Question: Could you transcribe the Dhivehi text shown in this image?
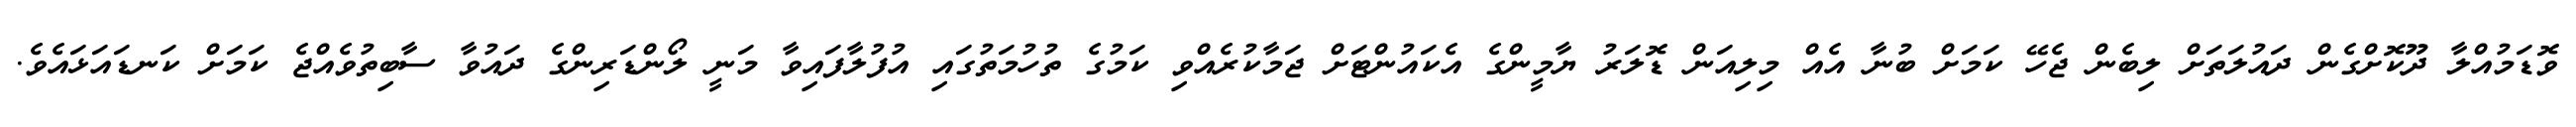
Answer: ވޮޑަމުއްލާ ދޫކޮށްގެން ދައުލަތަށް ލިބެން ޖެހޭ ކަމަށް ބުނާ އެއް މިލިއަން ޑޮލަރު ޔާމީންގެ އެކައުންޓަށް ޖަމާކުރެއްވި ކަމުގެ ތުހުމަތުގައި އުފުލާފައިވާ މަނީ ލޯންޑަރިންގެ ދައުވާ ސާބިތުވެއްޖެ ކަމަށް ކަނޑައަޅައެވެ.